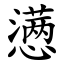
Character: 懑